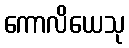
ကောလိယေသု